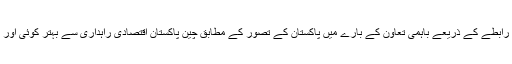
وزیراعظم نے کہا کہ رابطے کے ذریعے باہمی تعاون کے بارے میں پاکستان کے تصور کے مطابق چین پاکستان اقتصادی راہداری سے بہتر کوئی اور منصوبہ نہیں ہو سکتا۔